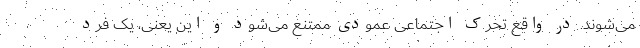
می‌شوند. در واقع تحرک اجتماعی عمودی ممتنع می‌شود و این یعنی، یک فرد